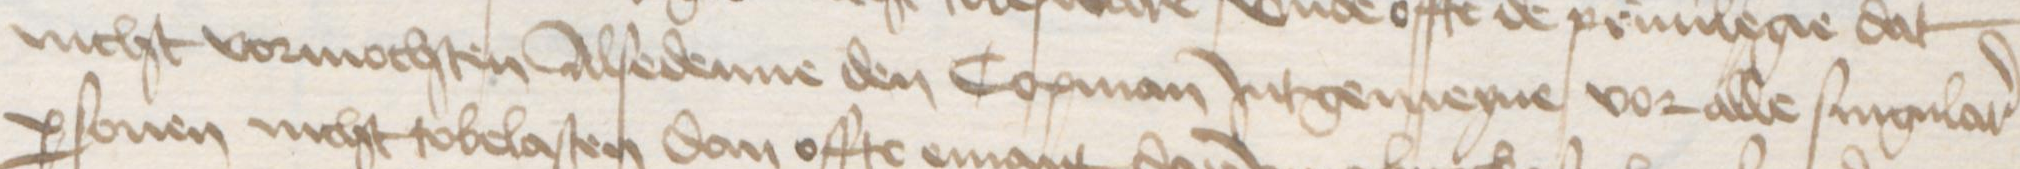
nicht vormochten Alsedenne den Copman Jntgemeyne vor alle singular